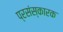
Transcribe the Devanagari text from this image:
प्रसंस्कारक